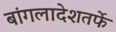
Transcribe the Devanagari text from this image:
बांगलादेशतर्फे